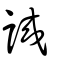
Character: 誠